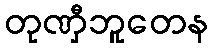
တုဏှီဘူတေန